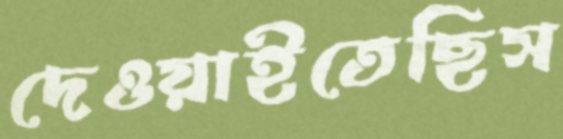
দেওয়াইতেছিস